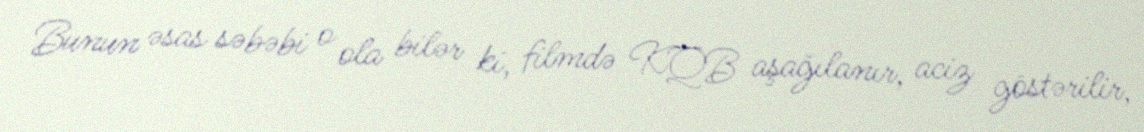
Bunun əsas səbəbi o ola bilər ki, filmdə KQB aşağılanır, aciz göstərilir,